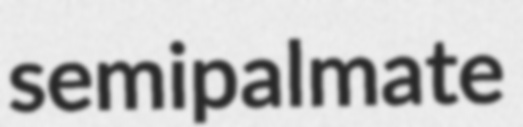
semipalmate